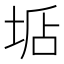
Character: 𡌐